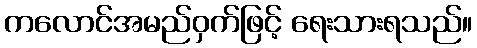
ကလောင်အမည်ဝှက်ဖြင့် ရေးသားရသည်။